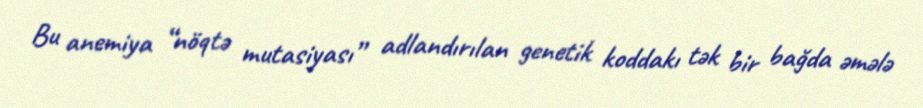
Bu anemiya “nöqtə mutasiyası” adlandırılan genetik koddakı tək bir bağda əmələ